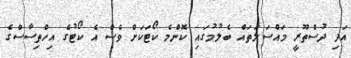
އަދި ދުސްތޫރީ މައްސަލަތައް ބެލުމުގައި ކޮންމެ ކޯޓަކަށް ވެސް އެ ކޯޓުގެ އިހްތިސާސްގެ